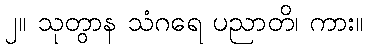
၂။ သုတွာန သံဂရေ ပညာတိ၊ ကား။